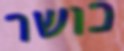
כושר